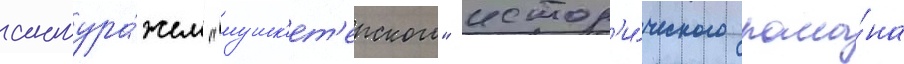
антура́жем "мушк'ет'ерского" истор'и́ческого рома́на